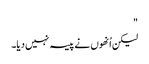
"
لیکن اُنھوں نے پیسہ نہیں دیا۔